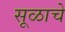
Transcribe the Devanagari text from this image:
सूळाचे